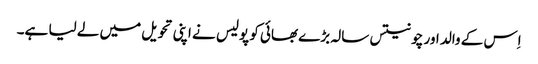
اِس کے والد اور چونتیس سالہ بڑے بھائی کو پولیس نے اپنی تحویل میں لے لیا ہے۔